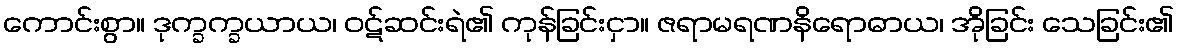
ကောင်းစွာ။ ဒုက္ခက္ခယာယ၊ ဝဋ်ဆင်းရဲ၏ ကုန်ခြင်းငှာ။ ဇရာမရဏနိရောဓာယ၊ အိုခြင်း သေခြင်း၏